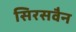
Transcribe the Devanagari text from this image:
सिरसवैन